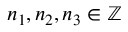
n _ { 1 } , n _ { 2 } , n _ { 3 } \in \mathbb { Z }